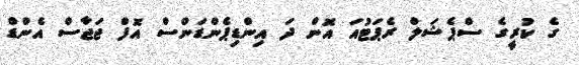
ގެ ކުރީގެ ސްޕެޝަލް ރެޕަޓުއަ އޮން ދަ އިންޑިޕެންޑަންސް އޮފް ޖަޖާސް އެންޑް